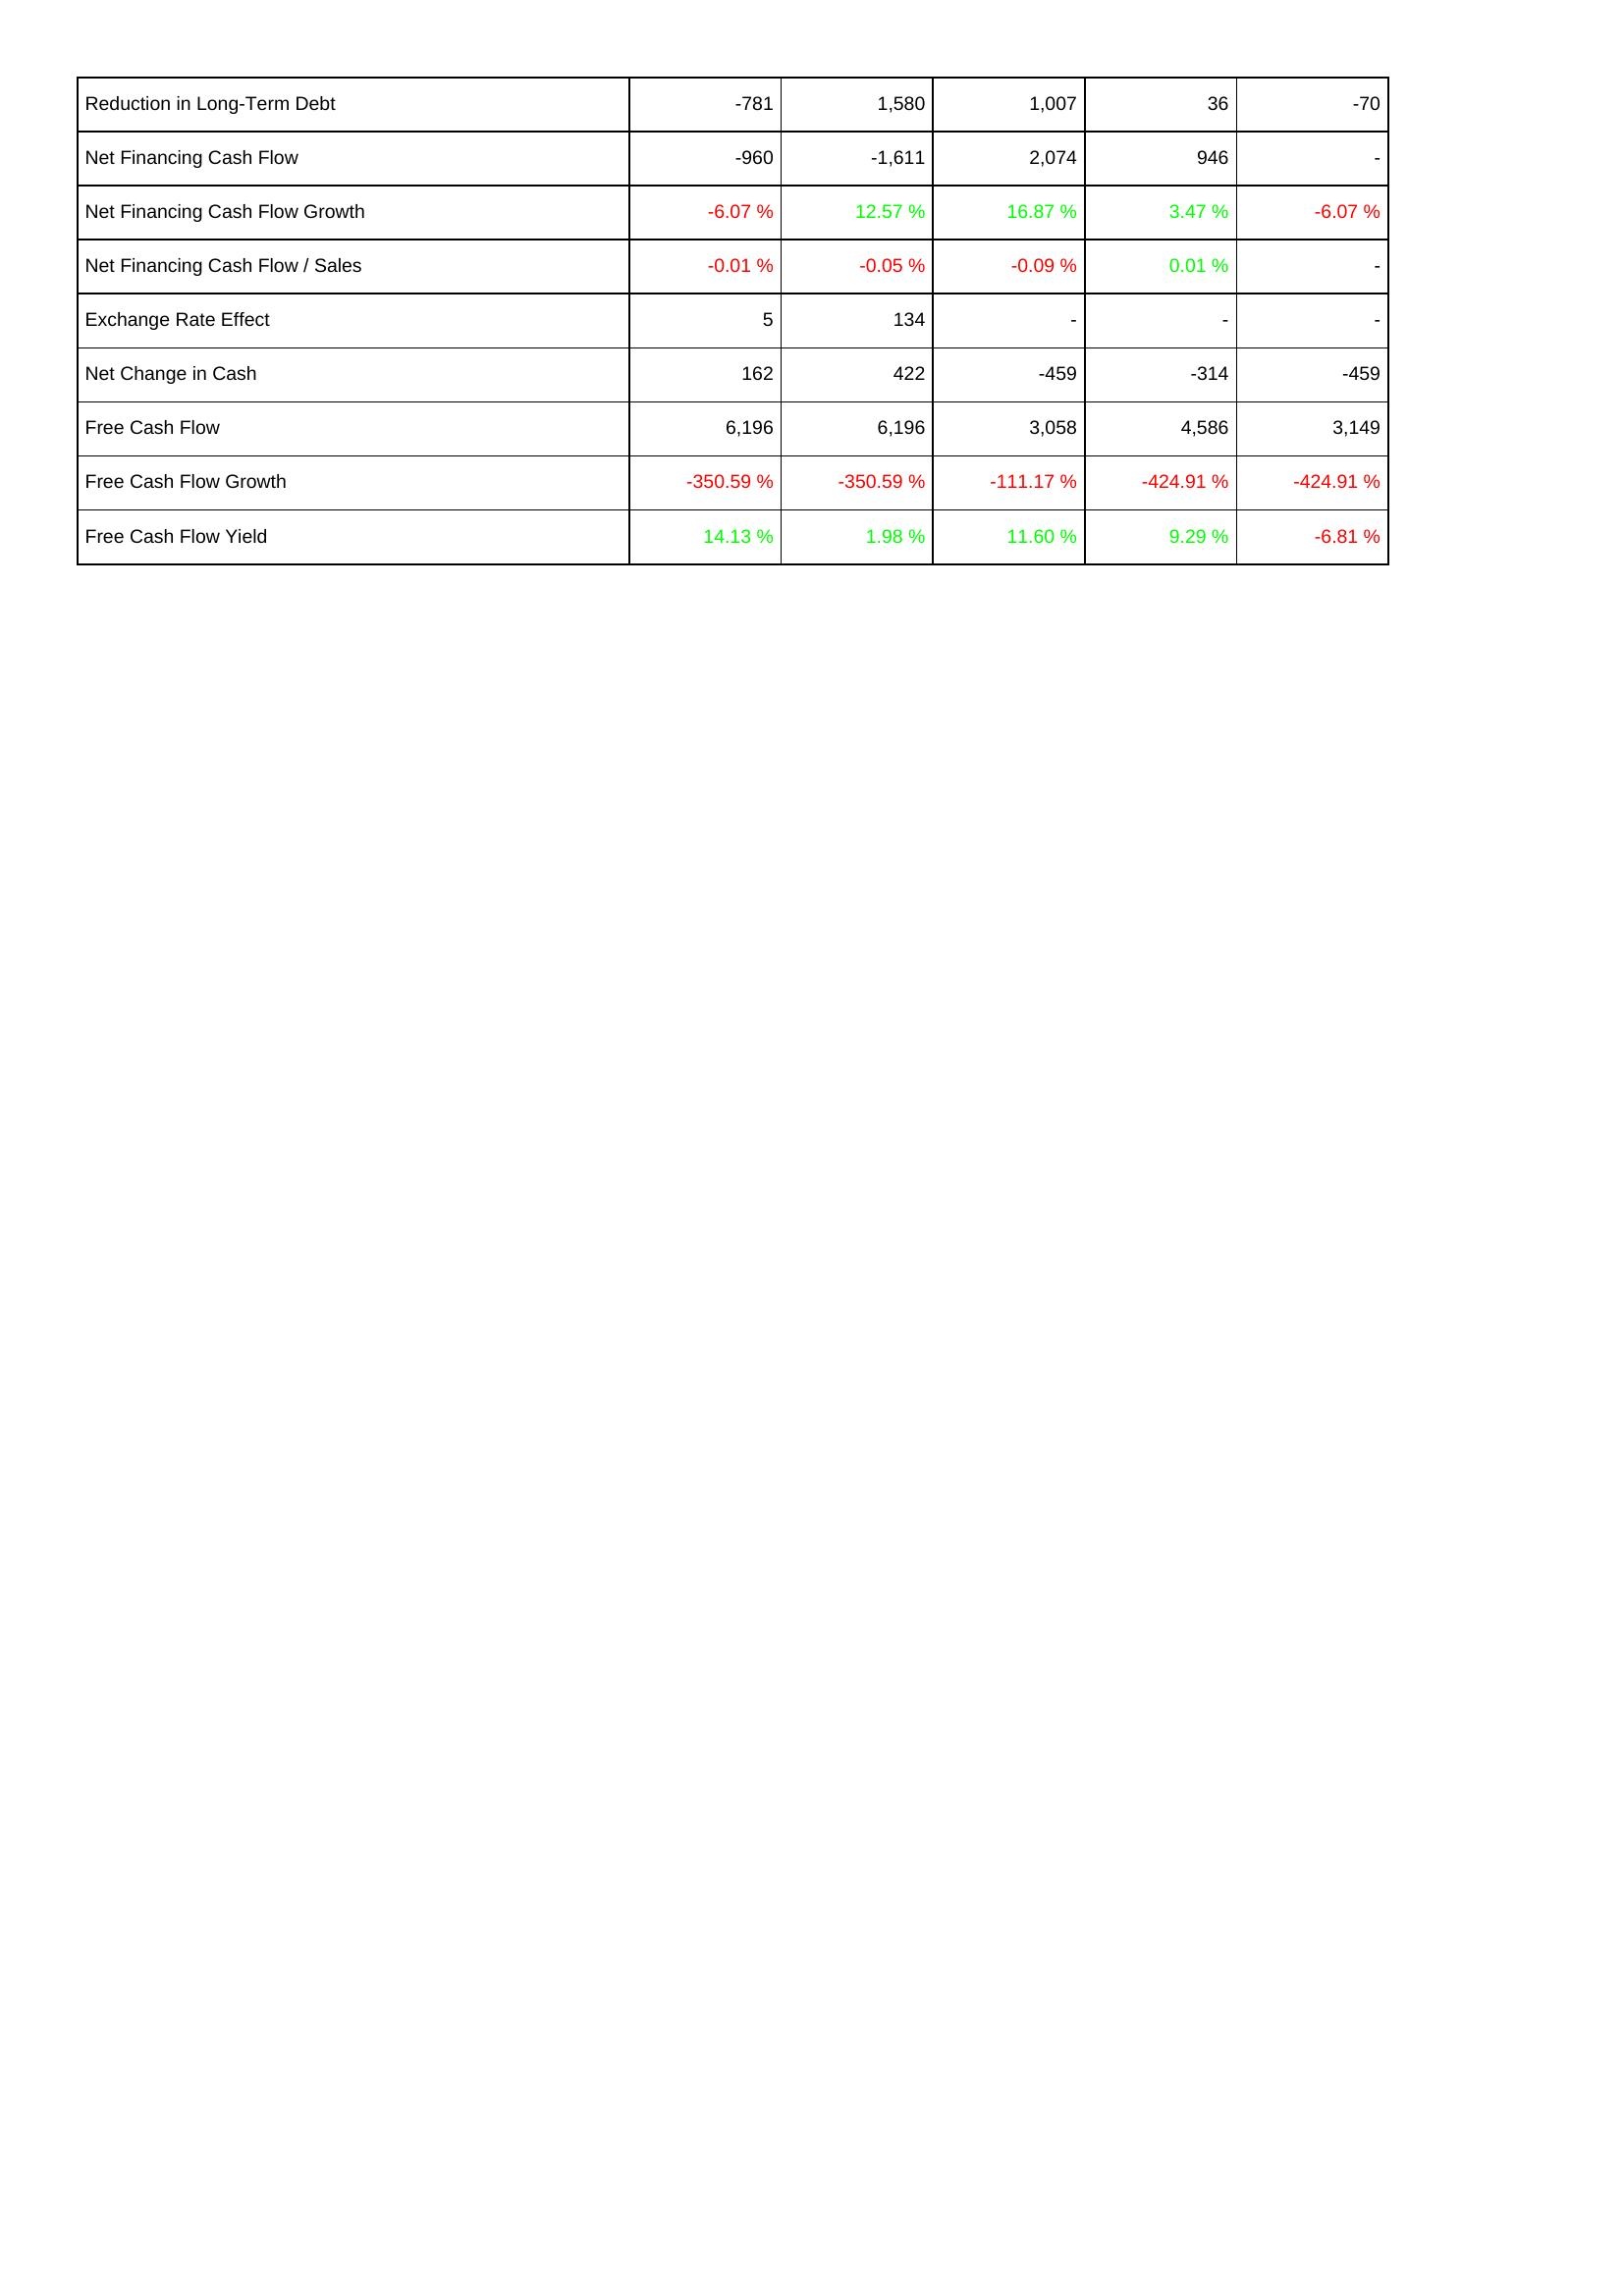
2021: Financing Activities: Reduction in Long-Term Debt: -781
Net Financing Cash Flow: -960
Net Financing Cash Flow Growth: -6.07 %
Net Financing Cash Flow / Sales: -0.01 %
Exchange Rate Effect: 5
Net Change in Cash: 162
Free Cash Flow: 6,196
Free Cash Flow Growth: -350.59 %
Free Cash Flow Yield: 14.13 %
2022: Financing Activities: Reduction in Long-Term Debt: 1,580
Net Financing Cash Flow: -1,611
Net Financing Cash Flow Growth: 12.57 %
Net Financing Cash Flow / Sales: -0.05 %
Exchange Rate Effect: 134
Net Change in Cash: 422
Free Cash Flow: 6,196
Free Cash Flow Growth: -350.59 %
Free Cash Flow Yield: 1.98 %
2023: Financing Activities: Reduction in Long-Term Debt: 1,007
Net Financing Cash Flow: 2,074
Net Financing Cash Flow Growth: 16.87 %
Net Financing Cash Flow / Sales: -0.09 %
Exchange Rate Effect: -
Net Change in Cash: -459
Free Cash Flow: 3,058
Free Cash Flow Growth: -111.17 %
Free Cash Flow Yield: 11.60 %
2024: Financing Activities: Reduction in Long-Term Debt: 36
Net Financing Cash Flow: 946
Net Financing Cash Flow Growth: 3.47 %
Net Financing Cash Flow / Sales: 0.01 %
Exchange Rate Effect: -
Net Change in Cash: -314
Free Cash Flow: 4,586
Free Cash Flow Growth: -424.91 %
Free Cash Flow Yield: 9.29 %
2025: Financing Activities: Reduction in Long-Term Debt: -70
Net Financing Cash Flow: -
Net Financing Cash Flow Growth: -6.07 %
Net Financing Cash Flow / Sales: -
Exchange Rate Effect: -
Net Change in Cash: -459
Free Cash Flow: 3,149
Free Cash Flow Growth: -424.91 %
Free Cash Flow Yield: -6.81 %